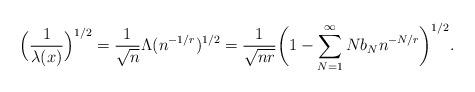
LaTeX: \begin{align*} \Big(\frac{1}{\lambda(x)}\Big)^{1/2}= \frac{1}{\sqrt n} \Lambda(n^{-1/r})^{1/2}=\frac{1}{\sqrt {n r}}\bigg(1-\sum_{N=1}^\infty Nb_N n^{-N/r}\bigg)^{1/2}. \end{align*}